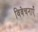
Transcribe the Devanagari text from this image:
विवेचनाएँ